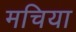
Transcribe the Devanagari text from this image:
मचिया